Tezpur Lunatic Asylum reports 1877-1894 - 1877-1894
Year: 1877
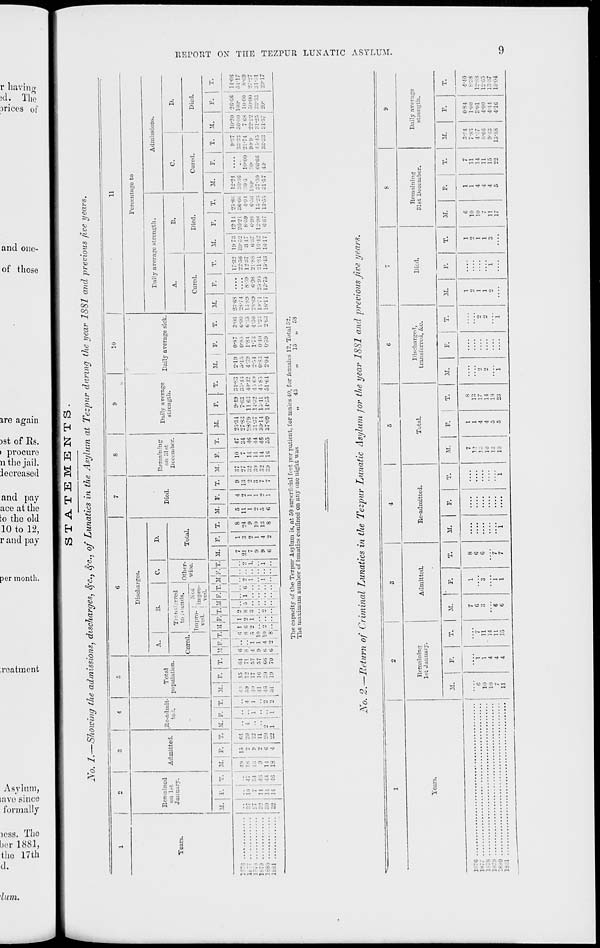
REPORT OX THE TEZPUR LUXATIC ASYLUM.
CO
<C1.
*1
00
^
s5>
H
r«»
H CO
<j
.55
H
s
»3
GQ ^
r>
«
°<?
^
c
CO
CO
CO
I
o
o
eo
a
c
'3
p
6
Cured.
Died.
tftNahHN
~ 1? * -• ~ ?
6 ~ '- '- ■'. o
Cl ^ —' 10 " 71
^
- ~ an ci io i,
Cl p 10 . 1 C1 O
i b i- ci — •—
— .o,
-M :-. .-:
ri
:::i *. ■ :^
ri
• s «°
; ' : 5 i i
rt
—(53
C 1-
Cl :: •-. , H9 If}
l-H
tc
CO
ce-
r-
es
t->
P
ri
5
ri
H
io }C -? to io :t
CM ;" x 'C -r i i
r: i; :•; i -V i
<i
d
:: 17 :: Z cp ^<
ri
. . CJ 5J JO iC3
; ; : *. ; c |0 :'-.
ri
-/-, ** ej « — 1-
:: -r — -r T. S
M
<u
to
CJ
s >>
a
'3
P
o
CO
a .
t» to
e q
>.g
'3 ™
P
—
H
I!ll2l
o
ri
r3
SlJ^ss
r-. ifl C7 — -- -H
-" — :.- .- ce 0
ci I'C •? tl C G*
c
B
»: :; ^ -r 1 -r '.^
cv r
— • T -^
ri
ri
"* M SS i.r 2! §
CM ci 01 .-7 S :c
1- -f w -* to IO
•^ :? *r ^f ■* w
CO
III
g 5 a
«j°P
ri
ri
ri
ri
ri
1- 1^ -_; rr ri rs
t.
o
s
Ci 17 71 :c 1- I-
■>* Ol rH i-( 01 H
larlHN ><8 «0
w
to
5
P
P
3
o
H
H
co ^f r. -c- T-3 co
ri
fH C7 t-1 n »* fl
ri
1- —11- e-. Ci -o
d
S it!
IJ p ,
ri
_*_
ri
ri
_ H*
_ri
; J-I J ; -1 :
ri
1
\ 0 : : : :
<M co M ; ci ;
>H si rH ; : ;
1 1 **
U
3
IH - c-i : "> ;
c r. c c - co~
cs i^- to •" '3 t*
ri
H
EH
ri
17 Cl 1- •- — r:
p.r-r.nCIH
ri
.-. - — « -H
■T '7 "^ "^ ':' O
eo
Cl
rH
1-d
c g
H
ri
;•*!-< ; ci TI
■ Cl -1
-* J Cj -< - Cl
1
1
H*
ri
::
I::I.-. :i - -.<
c. x :: c - 00
C W 5
ioi
PH
^
ri
■ T :: -.
ri
. - 1. — — -r
ri
• 1- 1- ci a ci
• :
)
5
.- 1
^■ ^ ^ ^H
| 1
- L - •
f
J 1 ' / /It
|1HI—i ri n H
c;?5
o
°T?
•
p. a
|r! 'f-
p, .p
Qll
"3 a>
0
fi >.
3 d
0
cS td
0
0
2 e?
CJ
«<
& 0
H _^
0 a
a
0 -A
>
«3 :•
•- H
^ r!
§ a
0
hH
CO
s
e
o
2
s
l-~J
co
r -
!
a
co
V- co
K.8
p
•| a
CO
o
c .
s|
o
a
T3
" l-H
P*
S
P=l
O CO 00 IIS r- -fl
7- .. > a 00 o
-r X ci i i M 'j
JOH01H8
O i^> e'.S •* »1> r«
•H M r» (0 CC -O
30 0
rc 1'- -TI x cs :ci
rl rl * ■* •* O
: C S I. -( S
H Cl - H :i
I-H rH rj« -^ LCJ O
t-c -: o cc co
a o o • t~ t»
I> CO cc • «o cp
• 1- r-i »* -1 1C3
•HH4">"*
i
o K, ce r. o n